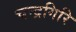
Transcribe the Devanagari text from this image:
चन्द्रगिरि